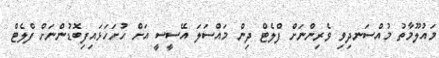
މައުލޫމާތު މުއްސަނދިވި ވެރިންނަށް ފްލެޓް ދިން މައްސަލަ އޭސީސީ އަށް ހުށަހަޅައިފިބޮޑުންނަށް ފްލެޓް